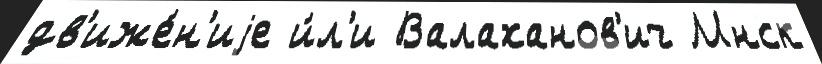
дв'иже́н'иjе и́л'и Валаханов'ич Мнск